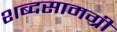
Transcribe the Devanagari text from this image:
शब्दसामग्री